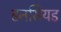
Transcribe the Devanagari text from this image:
डनसियड